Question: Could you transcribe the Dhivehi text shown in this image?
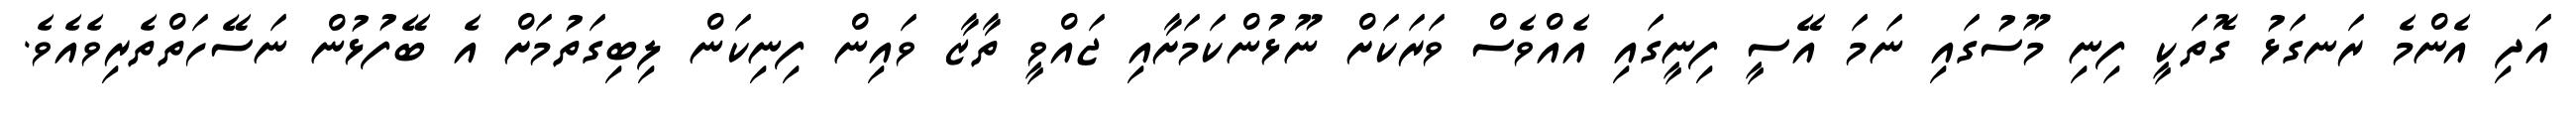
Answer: އަދި އެންމެ ރަނގަޅު ގޮތަކީ ފިނި މޫސުގައި ނަމަ އޭސީ ފިނީގައި އެއްވެސް ވަރަކަށް ނޫޅުންކަމަށާއި ޖައްވީ ތާޒާ ވައިން ފިނިކަން ލިބިގަތުމަށް އެ ބޭފުޅުން ނަސޭހަތްތެރިވެއެވެ.